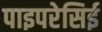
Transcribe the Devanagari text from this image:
पाइपरेसिई